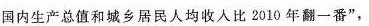
国内生产总值和城乡居民人均收入比2010年翻一番”，